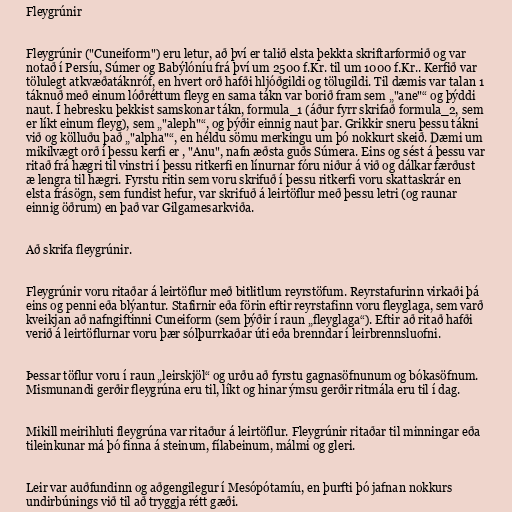
Fleygrúnir

Fleygrúnir ("Cuneiform") eru letur, að því er talið elsta þekkta skriftarformið og var
notað í Persíu, Súmer og Babýlóníu frá því um 2500 f.Kr. til um 1000 f.Kr.. Kerfið var
tölulegt atkvæðatáknróf, en hvert orð hafði hljóðgildi og tölugildi. Til dæmis var talan 1
táknuð með einum lóðréttum fleyg en sama tákn var borið fram sem „"ane"“ og þýddi
naut. Í hebresku þekkist samskonar tákn, formula_1 (áður fyrr skrifað formula_2, sem
er líkt einum fleyg), sem „"aleph"“, og þýðir einnig naut þar. Grikkir sneru þessu tákni
við og kölluðu það „"alpha"“, en héldu sömu merkingu um þó nokkurt skeið. Dæmi um
mikilvægt orð í þessu kerfi er , "Anu", nafn æðsta guðs Súmera. Eins og sést á þessu var
ritað frá hægri til vinstri í þessu ritkerfi en línurnar fóru niður á við og dálkar færðust
æ lengra til hægri. Fyrstu ritin sem voru skrifuð í þessu ritkerfi voru skattaskrár en
elsta frásögn, sem fundist hefur, var skrifuð á leirtöflur með þessu letri (og raunar
einnig öðrum) en það var Gilgamesarkviða.

Að skrifa fleygrúnir.

Fleygrúnir voru ritaðar á leirtöflur með bitlitlum reyrstöfum. Reyrstafurinn virkaði þá
eins og penni eða blýantur. Stafirnir eða förin eftir reyrstafinn voru fleyglaga, sem varð
kveikjan að nafngiftinni Cuneiform (sem þýðir í raun „fleyglaga“). Eftir að ritað hafði
verið á leirtöflurnar voru þær sólþurrkaðar úti eða brenndar í leirbrennsluofni.

Þessar töflur voru í raun „leirskjöl“ og urðu að fyrstu gagnasöfnunum og bókasöfnum.
Mismunandi gerðir fleygrúna eru til, líkt og hinar ýmsu gerðir ritmála eru til í dag.

Mikill meirihluti fleygrúna var ritaður á leirtöflur. Fleygrúnir ritaðar til minningar eða
tileinkunar má þó finna á steinum, fílabeinum, málmi og gleri.

Leir var auðfundinn og aðgengilegur í Mesópótamíu, en þurfti þó jafnan nokkurs
undirbúnings við til að tryggja rétt gæði.